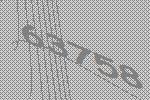
63758